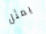
يمثل